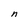
Character: n